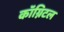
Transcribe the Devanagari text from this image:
कॉग्निटल